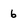
Character: 6